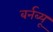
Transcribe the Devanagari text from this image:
बर्नब्यू